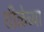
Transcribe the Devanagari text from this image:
शीळेच्या